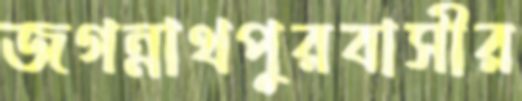
জগন্নাথপুরবাসীর